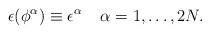
\begin{align*}\epsilon (\phi^\alpha )\equiv \epsilon ^\alpha \;\;\;\;\alpha =1,\ldots,2N.\end{align*}